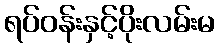
ရပ်ဝန်းနှင့်ပိုးလမ်းမ